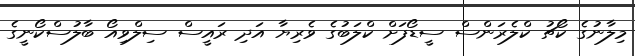
މިލާނުގެ ކޯޗު ކްލެރަންސް ސީޑޯފަށް ކްލަބުގެ ވެރިޔާ އަދި ރައީސް ސިލްވިއޯ ބާލުސްކޯނީގެ